Lunatic asylums Madras 1892-1911 - 1892-1911
Year: 1892
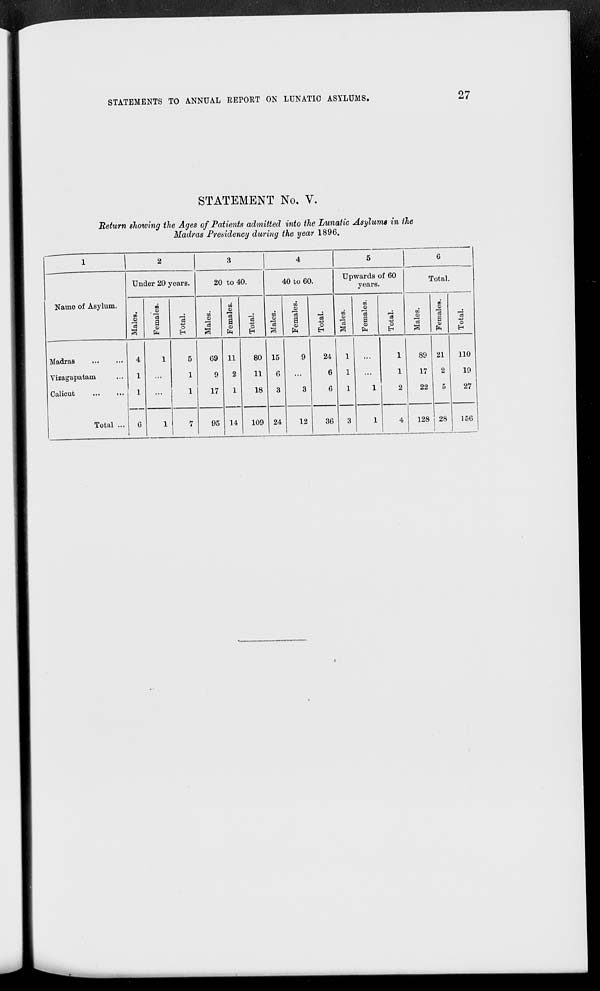
STATEMENTS TO ANNUAL REPORT ON LUNATIC ASYLUMS.
27
STATEMENT No. V.
Return showing the Ages of Patients admitted into the Lunatic Asylume in the
Madras Presidency during the year 1896.
-
X
|
,
3
4
5
6
Name of Asylum.
Under 20 years.
20 to 40.
40 to 60.
Upwards of 60
years.
Total.
m
5
Is
00
CD
a
3
En
'a!
40
O
H
oS
CD
00
01
a
0)
1*1
"es
O
H
00
o
*3
00
O
'3
a
CD
'3
O
m
CD
'3
3
oo
o
"3
a
9
ft
13
o
EH
00
to
oo
"3
a
CD
*3
o
Madras
...
Vizagapatam
Calicut
Total ...
4
1
1
6
1
5
1
1
69
9
17
11
2
1
14
80
11
18
15
6
3
9
3
24
6
6
1
1
1
3
1
1
1
2
89
17
22
21
2
5
28
110
19
27
1
7
95
109 24
12
36
1
4
128
156